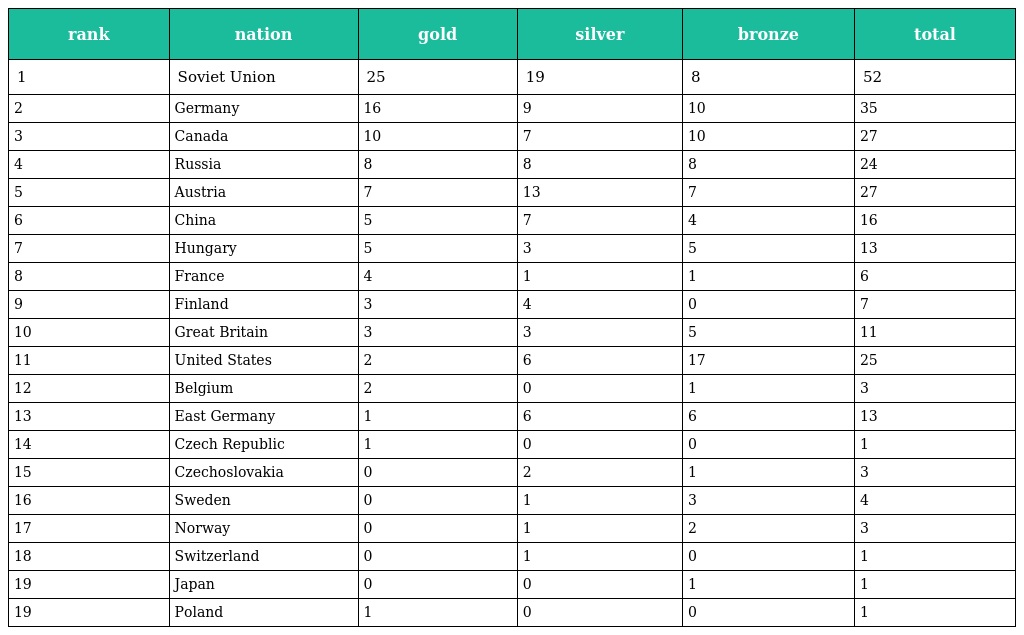
| rank | nation | gold | silver | bronze | total |
 | --- | --- | --- | --- | --- | --- |
 | 1 | Soviet Union | 25 | 19 | 8 | 52 |
 | 2 | Germany | 16 | 9 | 10 | 35 |
 | 3 | Canada | 10 | 7 | 10 | 27 |
 | 4 | Russia | 8 | 8 | 8 | 24 |
 | 5 | Austria | 7 | 13 | 7 | 27 |
 | 6 | China | 5 | 7 | 4 | 16 |
 | 7 | Hungary | 5 | 3 | 5 | 13 |
 | 8 | France | 4 | 1 | 1 | 6 |
 | 9 | Finland | 3 | 4 | 0 | 7 |
 | 10 | Great Britain | 3 | 3 | 5 | 11 |
 | 11 | United States | 2 | 6 | 17 | 25 |
 | 12 | Belgium | 2 | 0 | 1 | 3 |
 | 13 | East Germany | 1 | 6 | 6 | 13 |
 | 14 | Czech Republic | 1 | 0 | 0 | 1 |
 | 15 | Czechoslovakia | 0 | 2 | 1 | 3 |
 | 16 | Sweden | 0 | 1 | 3 | 4 |
 | 17 | Norway | 0 | 1 | 2 | 3 |
 | 18 | Switzerland | 0 | 1 | 0 | 1 |
 | 19 | Japan | 0 | 0 | 1 | 1 |
 | 19 | Poland | 1 | 0 | 0 | 1 |